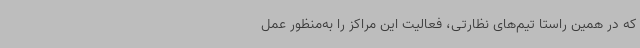
که در همین راستا تیم‌های نظارتی، فعالیت این مراکز را به‌منظور عمل